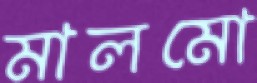
মালমো